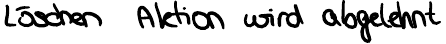
Löschen Aktion wird abgelehnt